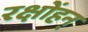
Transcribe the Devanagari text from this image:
रक्षोंहन्